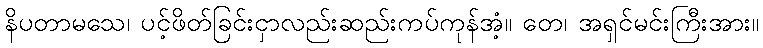
နိပတာမသေ၊ ပင့်ဖိတ်ခြင်းငှာလည်းဆည်းကပ်ကုန်အံ့။ တေ၊ အရှင်မင်းကြီးအား။